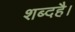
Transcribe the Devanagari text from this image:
शब्दहै।